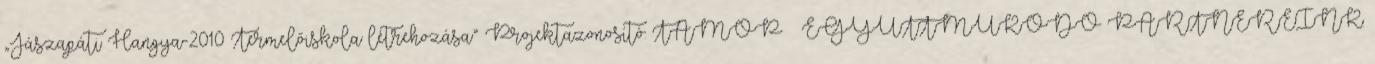
„Jászapáti Hangya-2010 Termelőiskola létrehozása” Projektazonosító: TÁMOP EGYÜTTMŰKÖDŐ PARTNEREINK: